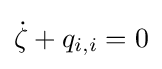
{\dot {\zeta }}+{q_{i,i}}=0